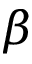
\beta